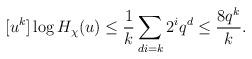
LaTeX: \begin{align*}[u^k]\log H_{\chi}(u) \le \frac{1}{k}\sum_{di = k} 2^i q^d \le \frac{8q^k}{k}.\end{align*}